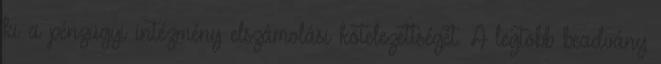
ki a pénzügyi intézmény elszámolási kötelezettségét. A legtöbb beadvány